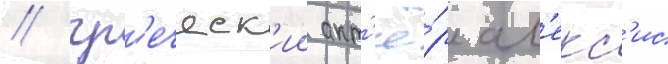
/ гр'еческ'ии акт'ё́р ал'екс'ис